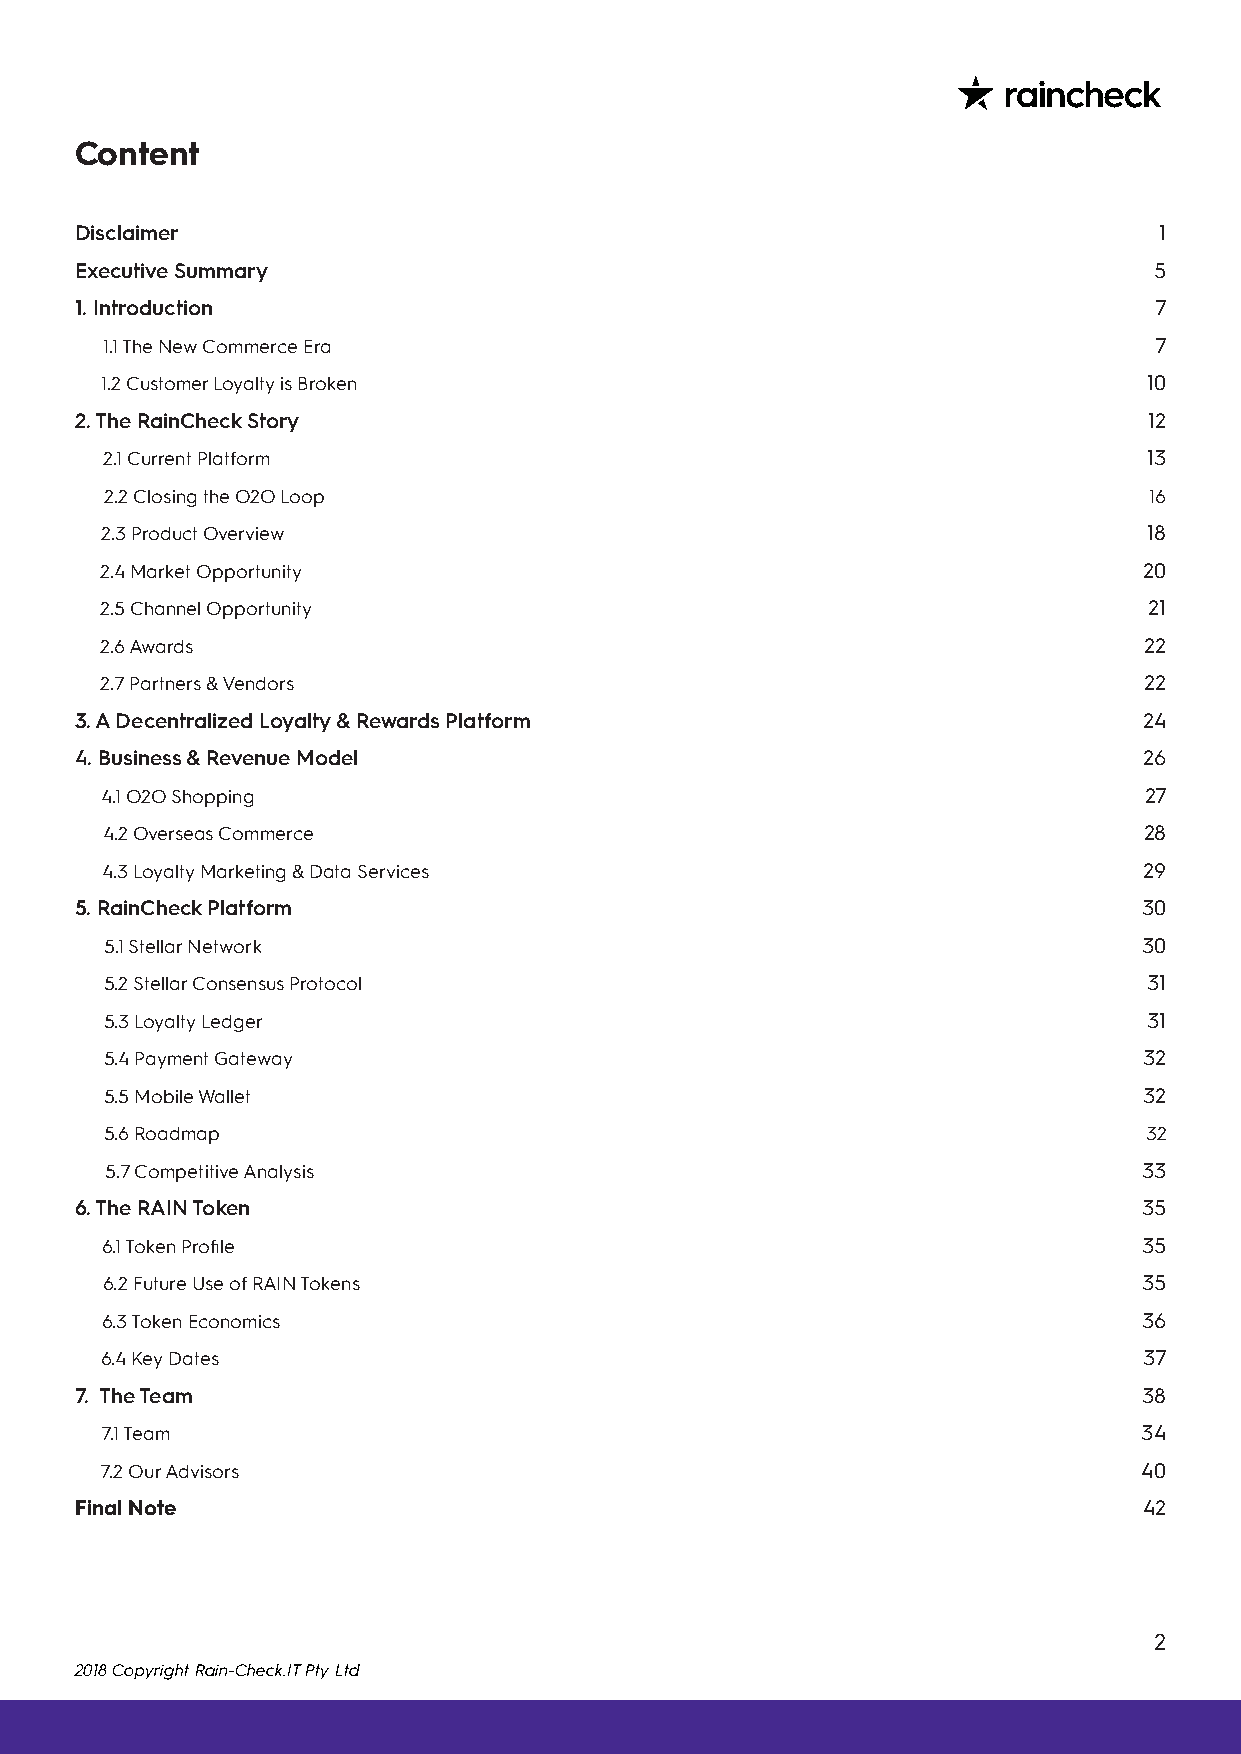
Content
 Disclaimer                                                              1
 Executive Summary                                                      5
 1. Introduction                                                        7
 1.1 The New Commerce Era                                             7
 1.2 Customer Loyalty is Broken                                       10
 2. The RainCheck Story                                                 12
 2.1 Current Platform                                                 13
 2.2 Closing the O2O Loop                                             16
 2.3 Product Overview                                                 18
 2.4 Market Opportunity                                               20
 2.5 Channel Opportunity                                              21
 2.6 Awards                                                           22
 2.7 Partners & Vendors                                               22
 3. A Decentralized Loyalty & Rewards Platform                          24
 4. Business & Revenue Model                                            26
 4.1 O2O Shopping                                                     27
 4.2 Overseas Commerce                                                28
 4.3 Loyalty Marketing & Data Services                                29
 5. RainCheck Platform                                                  30
 5.1 Stellar Network                                                  30
 5.2 Stellar Consensus Protocol                                       31
 5.3 Loyalty Ledger                                                   31
 5.4 Payment Gateway                                                  32
 5.5 Mobile Wallet                                                    32
 5.6 Roadmap                                                          32
 5.7 Competitive Analysis                                             33
 6. The RAIN Token                                                      35
 6.1 Token Profile                                                    35
 6.2 Future Use of RAIN Tokens                                        35
 6.3 Token Economics                                                  36
 6.4 Key Dates                                                        37
 7. The Team                                                            38
 7.1 Team                                                             34
 7.2 Our Advisors                                                     40
 Final Note                                                             42
 2
 2018 Copyright Rain-Check.IT Pty Ltd